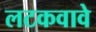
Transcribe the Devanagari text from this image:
लटकवावे